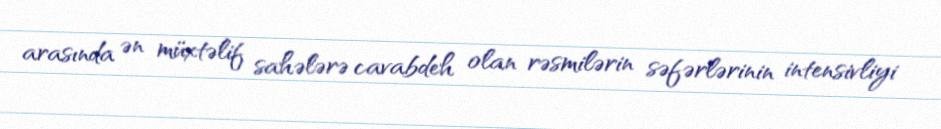
arasında ən müxtəlif sahələrə cavabdeh olan rəsmilərin səfərlərinin intensivliyi